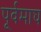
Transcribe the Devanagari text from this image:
पूर्वमाघ